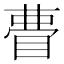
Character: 𭿃